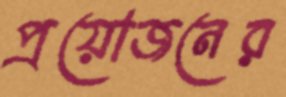
প্রয়োজনের